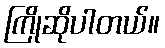
ကြိုဆိုပါတယ်။